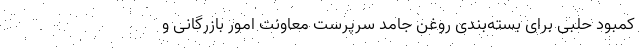
کمبود حلبی برای بسته‌‌بندی روغن جامد سرپرست معاونت امور بازرگانی و